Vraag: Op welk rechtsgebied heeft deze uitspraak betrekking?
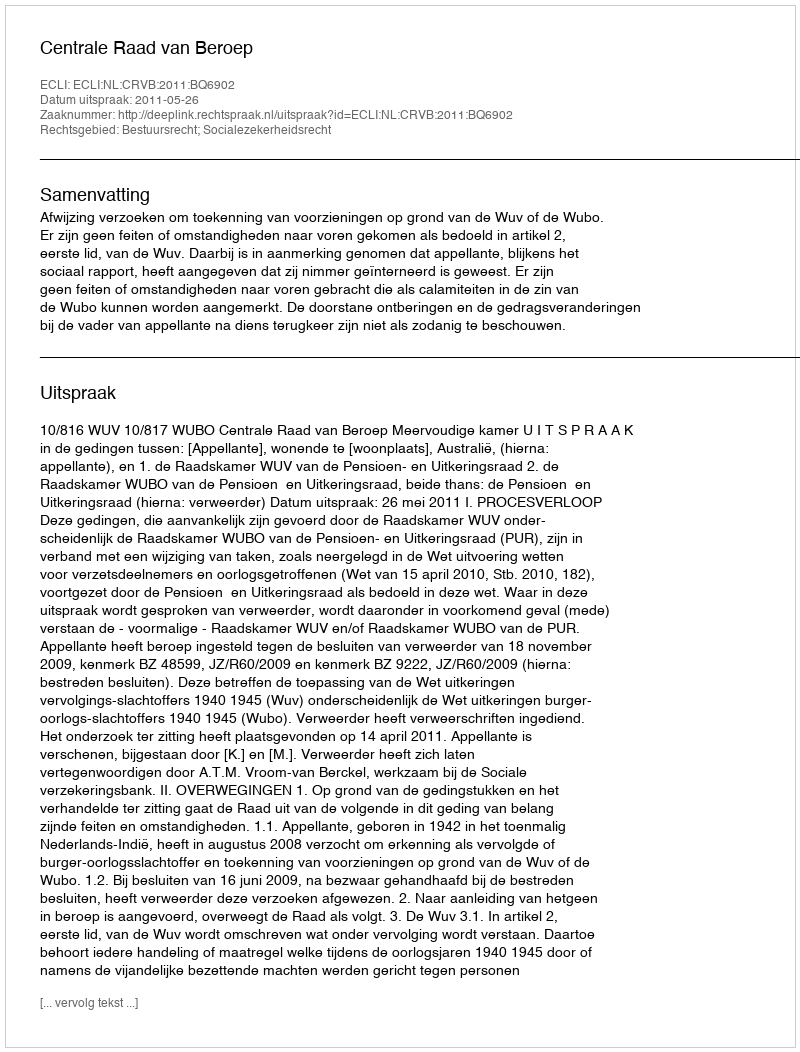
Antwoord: Bestuursrecht; Socialezekerheidsrecht